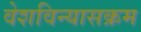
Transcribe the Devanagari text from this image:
वेशविन्यासक्रम